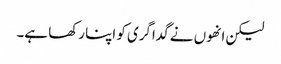
لیکن انھوں نے گداگری کو اپنا رکھا ہے۔